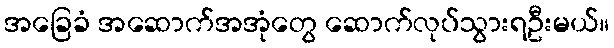
အခြေခံ အဆောက်အအုံတွေ ဆောက်လုပ်သွားရဦးမယ်။